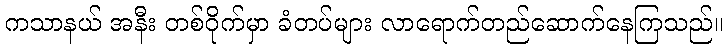
ကသာနယ် အနီး တစ်ဝိုက်မှာ ခံတပ်များ လာရောက်တည်ဆောက်နေကြသည်။